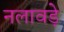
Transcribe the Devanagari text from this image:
नलावडे़